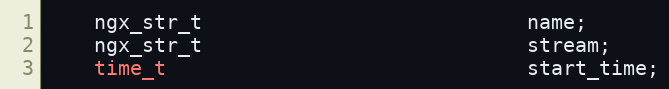
Language: C
    ngx_str_t                           name;
    ngx_str_t                           stream;
    time_t                              start_time;